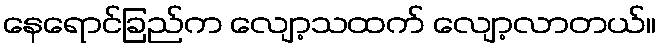
နေရောင်ခြည်က လျော့သထက် လျော့လာတယ်။